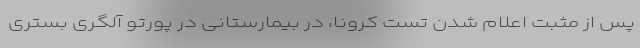
پس از مثبت اعلام شدن تست کرونا، در بیمارستانی در پورتو آلگری بستری